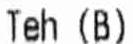
TEH (B)